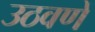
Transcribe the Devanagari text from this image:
उठवणें